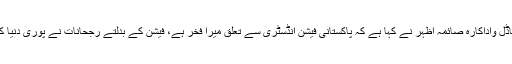
27 جون2018ء) سٴْپرماڈل واداکارہ صائمہ اظہر نے کہا ہے کہ پاکستانی فیشن انڈسٹری سے تعلق میرا فخر ہے، فیشن کے بدلتے رجحانات نے پوری دنیا کواپنا گرویدہ بنا رکھا ہے۔